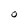
Character: O